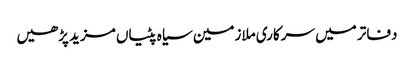
دفاتر میں سرکاری ملازمین سیاہ پٹیاں مزید پڑھیں